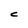
Character: C